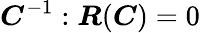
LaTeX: \boldsymbol{C}^{-1}:\boldsymbol{R}(\boldsymbol{C})=0